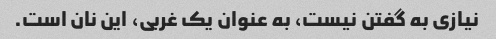
نیازی به گفتن نیست، به عنوان یک غربی، این نان است.